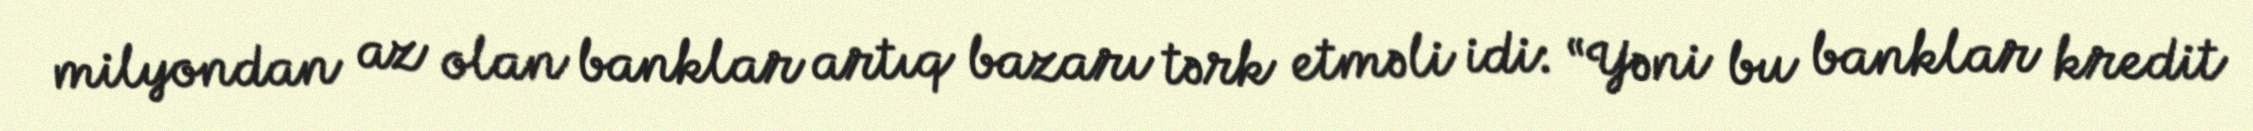
milyondan az olan banklar artıq bazarı tərk etməli idi: “Yəni bu banklar kredit